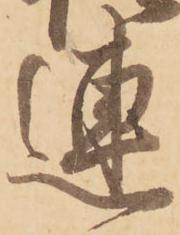
連